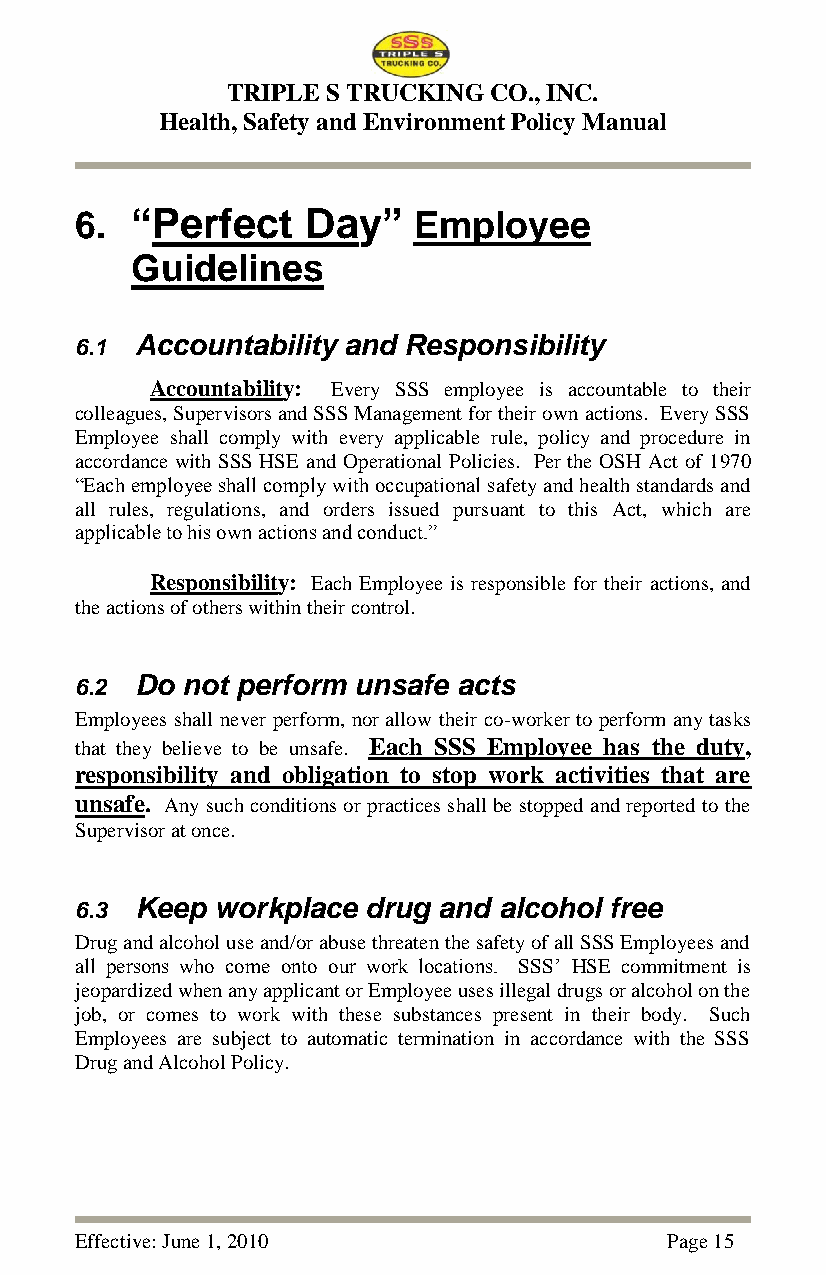
TRIPLE S TRUCKING CO., INC.
 Health, Safety and Environment Policy Manual
 6.  “Perfect   Day”   Employee
 Guidelines
 6.1 Accountability and Responsibility
 Accountability: Every SSS employee is accountable to their
 colleagues, Supervisors and SSS Management for their own actions. Every SSS
 Employee shall comply with every applicable rule, policy and procedure in
 accordance with SSS HSE and Operational Policies. Per the OSH Act of 1970
 ―Each employee shall comply with occupational safety and health standards and
 all rules, regulations, and orders issued pursuant to this Act, which are
 applicable to his own actions and conduct.‖
 Responsibility: Each Employee is responsible for their actions, and
 the actions of others within their control.
 6.2 Do not perform unsafe acts
 Employees shall never perform, nor allow their co-worker to perform any tasks
 that they believe to be unsafe. Each SSS Employee has the duty,
 responsibility and obligation to stop work activities that are
 unsafe. Any such conditions or practices shall be stopped and reported to the
 Supervisor at once.
 6.3 Keep workplace drug and alcohol free
 Drug and alcohol use and/or abuse threaten the safety of all SSS Employees and
 all persons who come onto our work locations. SSS‘ HSE commitment is
 jeopardized when any applicant or Employee uses illegal drugs or alcohol on the
 job, or comes to work with these substances present in their body. Such
 Employees are subject to automatic termination in accordance with the SSS
 Drug and Alcohol Policy.
 Effective: June 1, 2010                Page 15